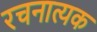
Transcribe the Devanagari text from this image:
रचनात्यक